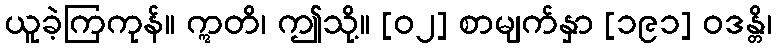
ယူခဲ့ကြကုန်။ ဣတိ၊ ဤသို့။ [၀၂] စာမျက်နှာ [၁၉၁] ဝဒန္တိ၊